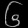
Digit: ၆